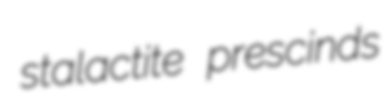
stalactite prescinds